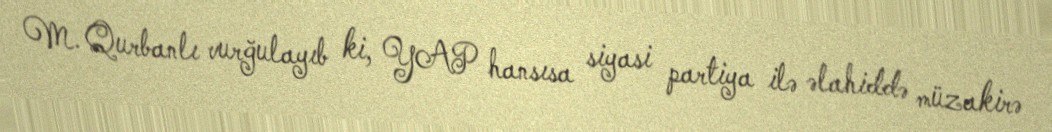
M. Qurbanlı vurğulayıb ki, YAP hansısa siyasi partiya ilə əlahiddə müzakirə